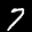
Label: 7